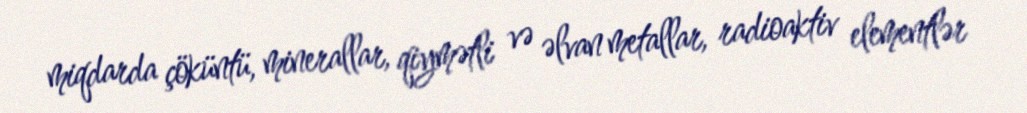
miqdarda çöküntü, minerallar, qiymətli və əlvan metallar, radioaktiv elementlər